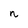
Character: n